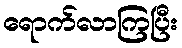
ရောက်လာကြပြီး